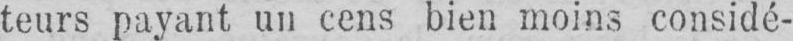
teurs payant un cens bien moins considé-